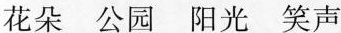
花朵 公园 阳光 笑声